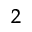
^ 2